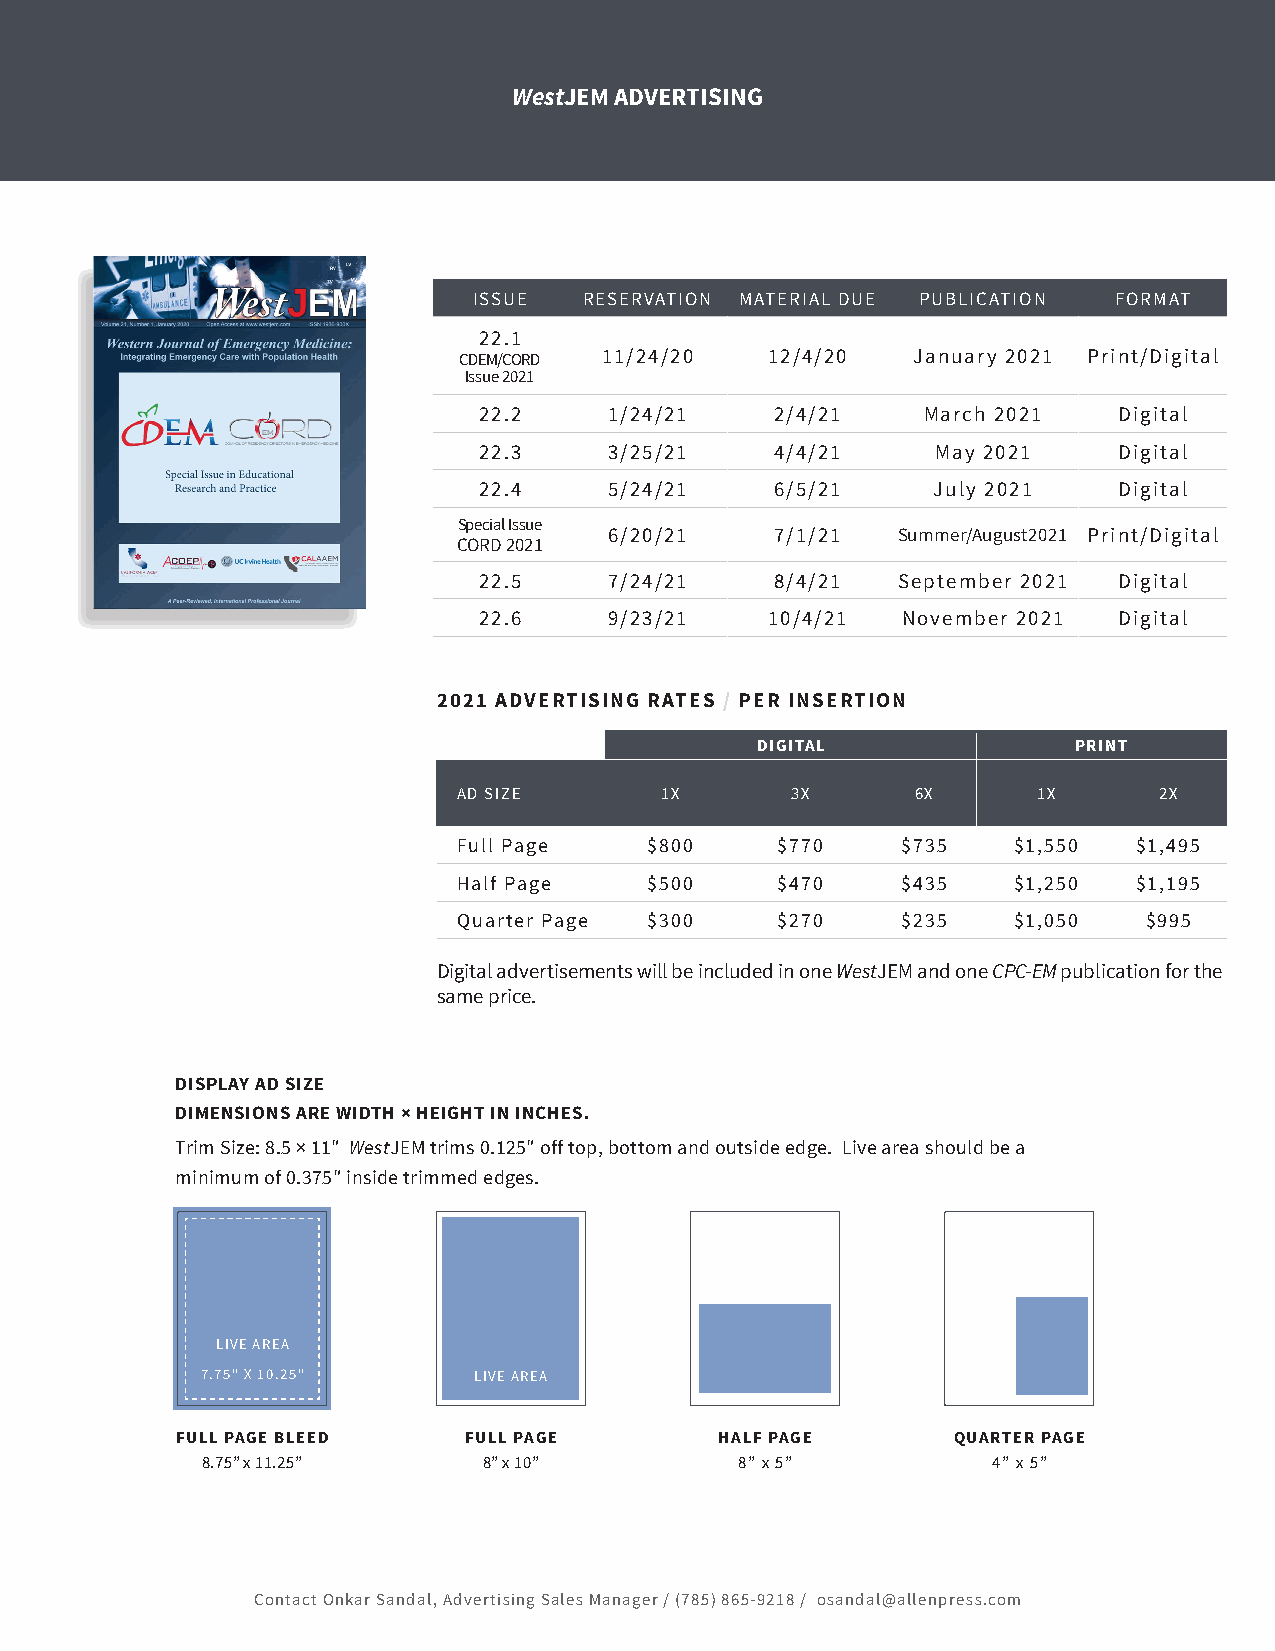
WestJEM ADVERTISING
 ISSUE   RESERVATION MATERIAL DUE PUBLICATION FORMAT
 22.1
 CDEM/CORD 11/24/20   12/4/20  January 2021 Print/Digital
 Issue 2021
 22.2    1/24/21    2/4/21    March 2021   Digital
 22.3    3/25/21    4/4/21     May 2021    Digital
 22.4    5/24/21    6/5/21     July 2021   Digital
 Special Issue
 6/20/21    7/1/21  Summer/August2021 Print/Digital
 CORD 2021
 22.5    7/24/21    8/4/21  September 2021 Digital
 22.6    9/23/21    10/4/21  November 2021 Digital
 2021 ADVERTISING RATES / PER INSERTION
 DIGITAL              PRINT
 AD SIZE       1X      3X       6X      1X      2X
 Full Page    $800    $770     $735   $1,550  $1,495
 Half Page    $500    $470     $435   $1,250  $1,195
 Quarter Page $300    $270     $235   $1,050   $995
 Digital advertisements will be included in one WestJEM and one CPC-EM publication for the
 same price.
 DISPLAY AD SIZE
 DIMENSIONS ARE WIDTH × HEIGHT IN INCHES.
 Trim Size: 8.5 × 11″ WestJEM trims 0.125″ off top, bottom and outside edge. Live area should be a
 minimum of 0.375″ inside trimmed edges.
 LIVE AREA
 7.75" X 10.25"    LIVE AREA
 FULL PAGE BLEED    FULL PAGE        HALF PAGE      QUARTER PAGE
 8.75” x 11.25”     8” x 10”         8” x 5”          4” x 5”
 Contact Onkar Sandal, Advertising Sales Manager / (785) 865-9218 / osandal@allenpress.com